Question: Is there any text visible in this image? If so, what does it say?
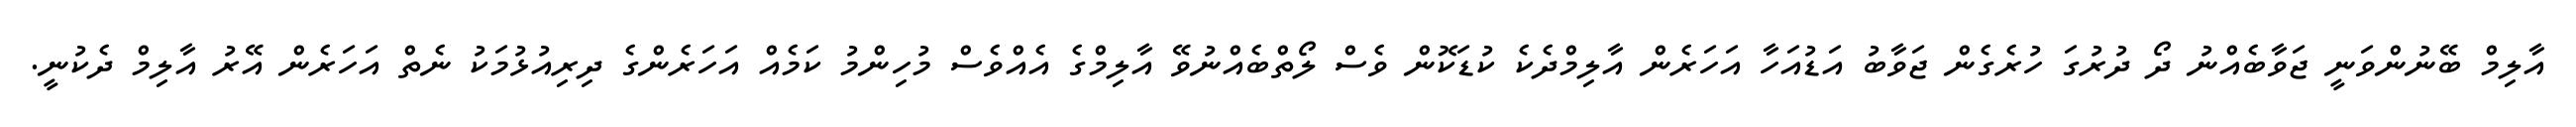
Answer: އާލިމް ބޭނުންވަނީ ޖަވާބެއްނު ދޯ ދުރުގަ ހުރެގެން ޖަވާބު އަޑުއަހާ އަހަރެން އާލިމްދެކެ ކުޑަކޮން ވެސް ލޯތްބެއްނުވޭ އާލިމްގެ އެއްވެސް މުހިންމު ކަމެއް އަހަރެންގެ ދިރިއުޅުމަކު ނެތް އަހަރެން އޭރު އާލިމް ދެކުނީ.